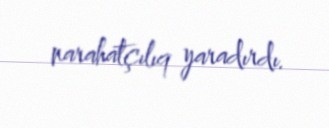
narahatçılıq yaradırdı.